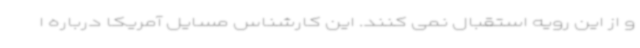
و از این رویه استقبال نمی کنند. این کارشناس مسایل آمریکا درباره ا